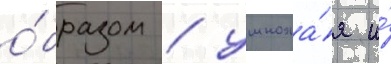
о́бразом / умножа́я и́